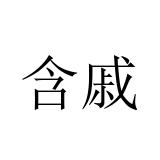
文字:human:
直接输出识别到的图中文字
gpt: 含戚